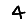
Digit: 4